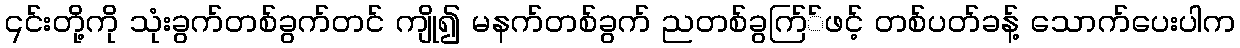
၎င်းတို့ကို သုံးခွက်တစ်ခွက်တင် ကျို၍ မနက်တစ်ခွက် ညတစ်ခွက်ြ်ဖင့် တစ်ပတ်ခန့် သောက်ပေးပါက